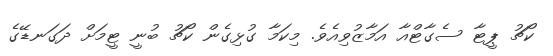
ކޯޗު ޕީޓާ ސެގާޓްއާ އަމާޒުވިއެވެ. މިކަމާ ގުޅިގެން ކޯޗު ބުނީ ޓީމަށް ދަގަނޑޭގެ